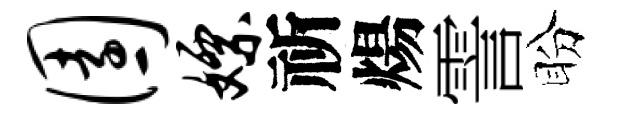
园嫖祈煬霅盼